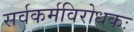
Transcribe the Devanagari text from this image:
सर्वकर्मविरोधकः